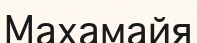
Махамайя